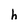
Character: h